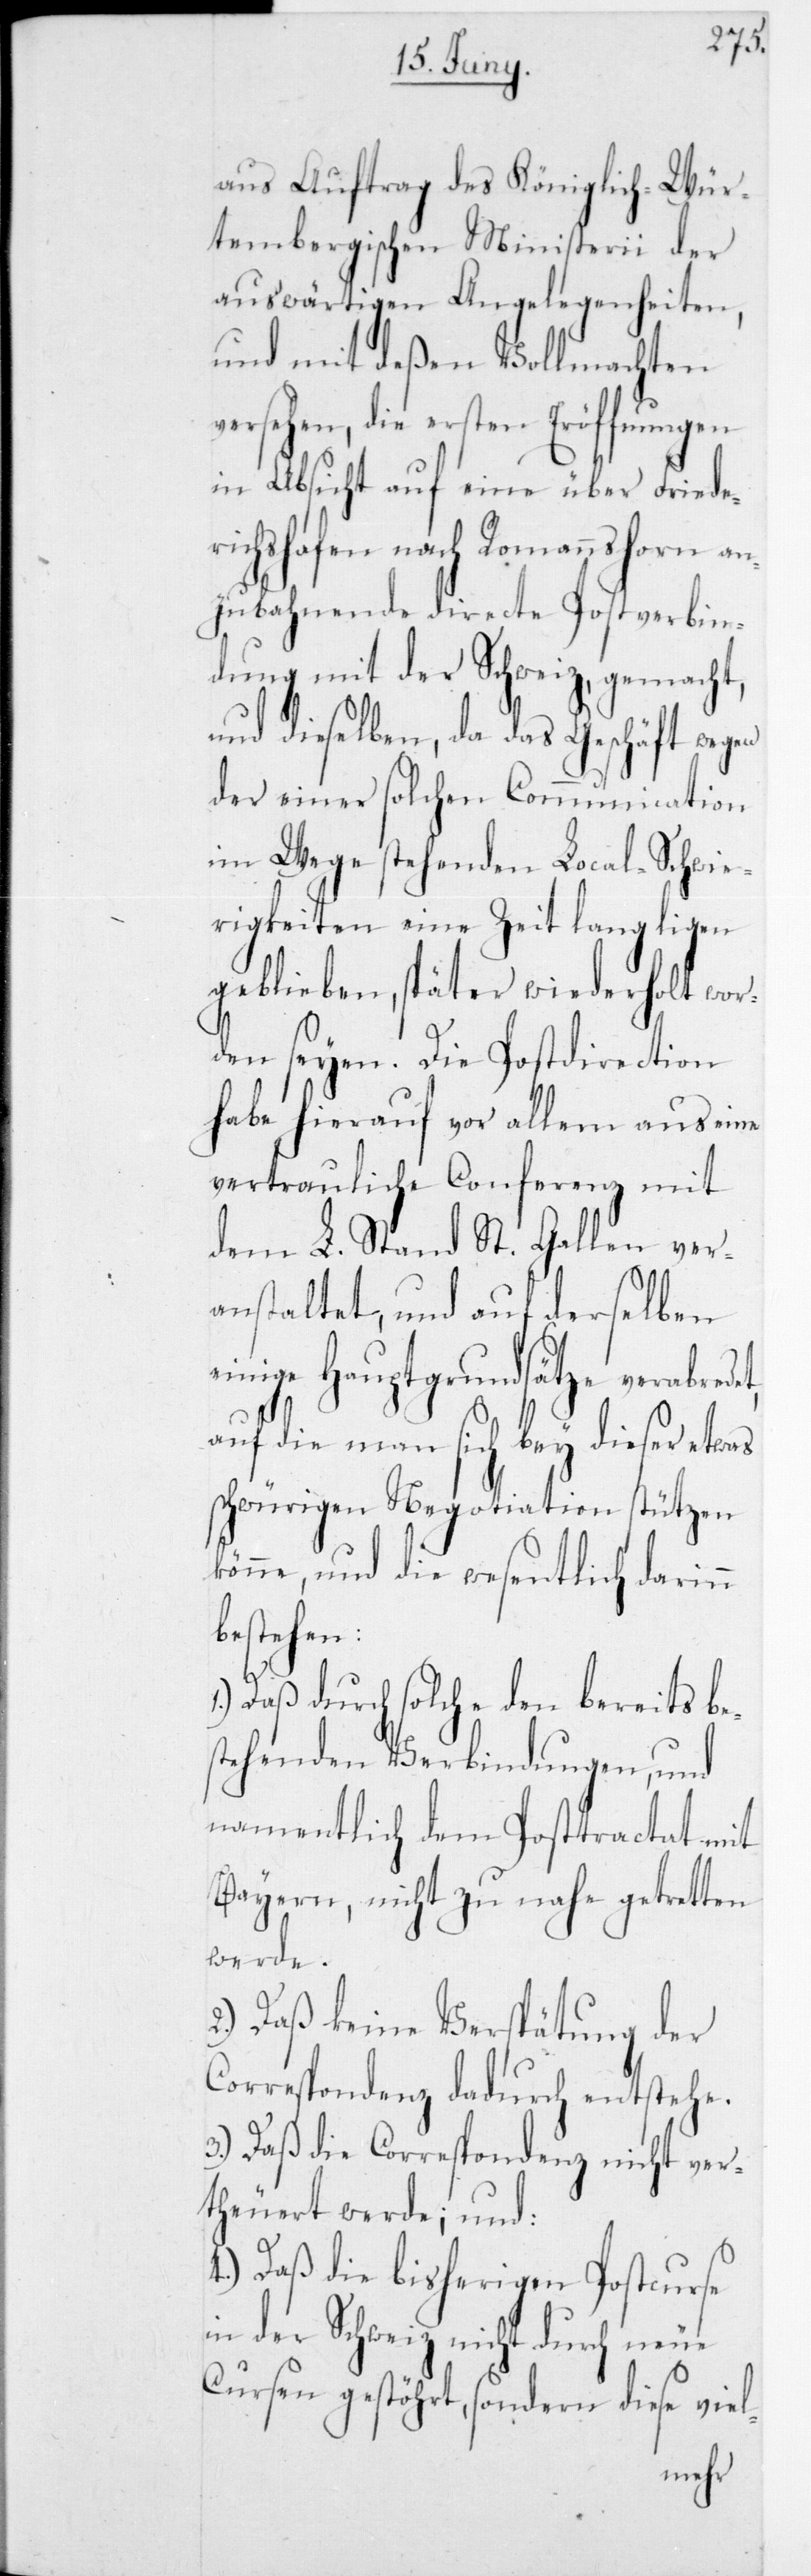
aus Auftrag des Königlich-Wür¬
tembergischen Ministerii der
auswärtigen Angelegenheiten,
und mit deßen Vollmachten
versehen, die ersten Eröffnungen
in Absicht auf eine über Fried¬
richshafen nach Romannshorn an¬
zubahnende directe Postverbin¬
dung mit der Schweiz, gemacht,
und dieselben, da das Geschäft wegen
der einer solchen Communication
im Wege stehenden Local-Schwie¬
rigkeiten eine Zeit lang liegen
geblieben, später wiederholt wor¬
den seyen. Die Postdirection
habe hierauf vor allem aus eine
vertrauliche Conferenz mit
dem L. Stand St. Gallen ver¬
anstaltet, und auf derselben
einige Hauptgrundsätze verabrede¬
t,
auf die man sich bey dieser etwas
schwürigen Negotiation stützen
könne, und die wesentlich darinn
bestehen:
1.) daß durch solche den bereits bes¬
tehenden Verbindungen, und
namentlich dem Posttractat mit
Bayern, nicht zu nahe getretten
werde.
2.) daß keine Verspätung der
Correspondenz dadurch entstehe.
3.) daß die Correspondenz nicht ver¬
theuert werde; und:
4.) daß die bisherigen Postcurse
in der Schweiz nicht durch neue
Cursen gestöhrt, sondern diese viel-